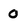
Character: 0